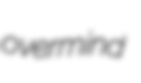
overmind